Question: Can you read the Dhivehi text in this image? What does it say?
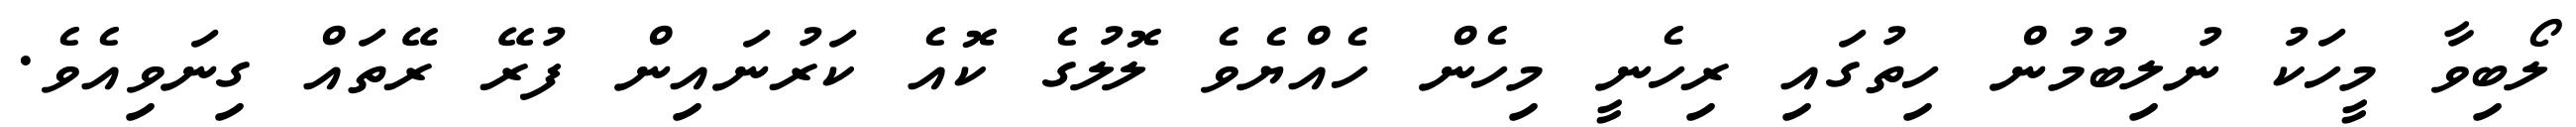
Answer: ލޯބިވާ މީހަކު ނުލިބުމުން ހިތުގައި ރިހެނީ މިހެން ހެއްޔެވެ ލޮލުގެ ކޮއެ ކަރުނައިން ފުރޭ ރޭތައް ގިނަވިއެވެ.